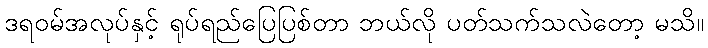
ဒရဝမ်အလုပ်နှင့် ရုပ်ရည်ပြေပြစ်တာ ဘယ်လို ပတ်သက်သလဲတော့ မသိ။